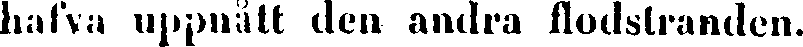
hafva uppnått den andra flodstranden.